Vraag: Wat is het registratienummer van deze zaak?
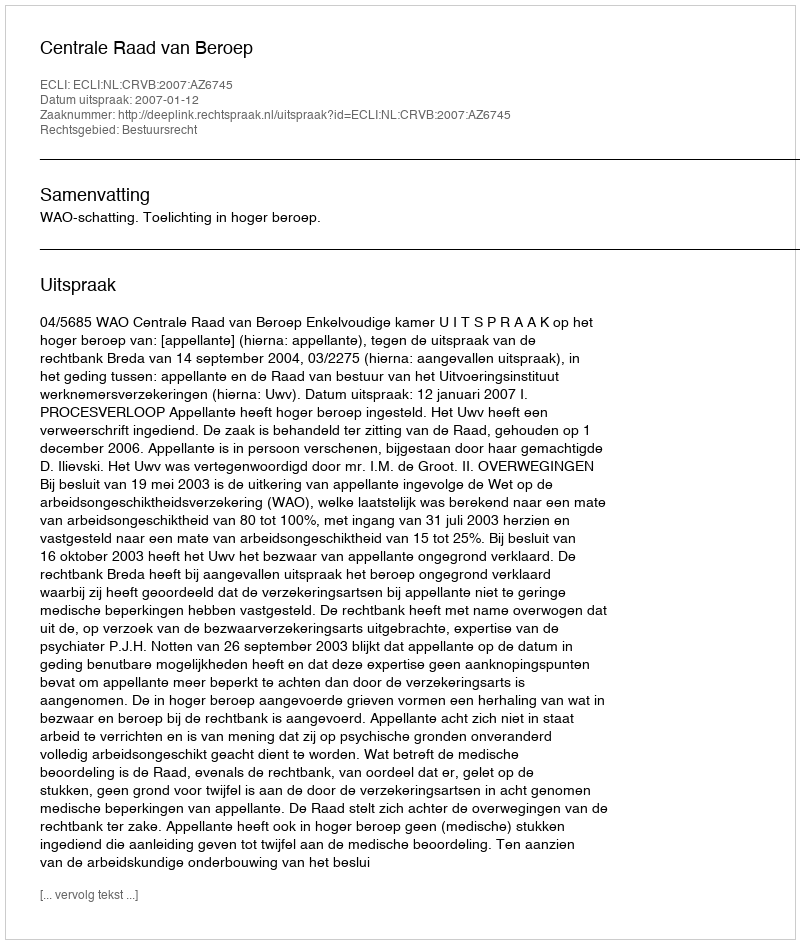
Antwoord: http://deeplink.rechtspraak.nl/uitspraak?id=ECLI:NL:CRVB:2007:AZ6745